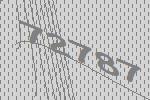
72787